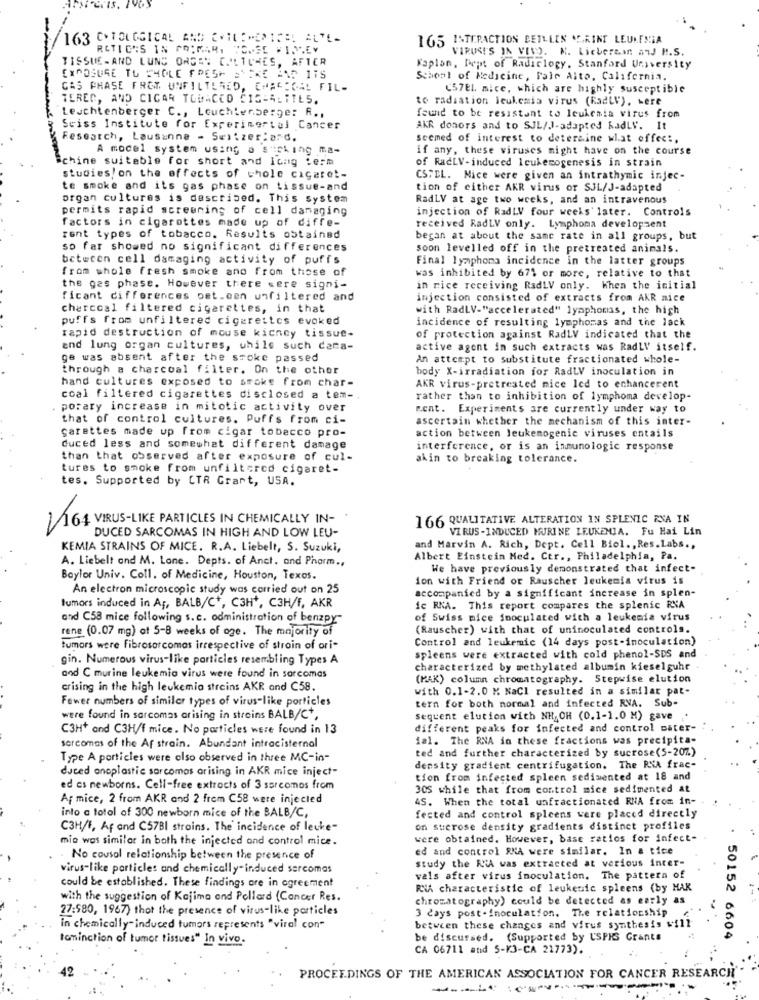
163 C.TOLOGICAL AND EVIL :*** 15={ ALTE-
165 INTERACTION BETLLES GRINT LEUKEMIA
RCTIC'S IN CRIMAR, TONSE FIJEV
VIRUSES IN VIVO. N. Lieberman and P.S.
TISSUE- AND LUNS ORGEN CULTURES, AFTER
Kaplan, Dept of Radiclogy. Stanford University
EXPOSURE TO SMOLE FRESH STEKE AND ITS
School of Medicine, Fale Alto, California.
GAS PHASE FROM UNFILTERED, CHARCOAL FIL-
(57el. mice, which are highly susceptible
TEREC, AND CIGAR TOBACCO CIG-ALTTES.
to radiation leukemia virus (RadlV), were
Leuchtenberger C ., Leuchtenberge: R .,
found to be resistant to leukemia virus from
Sciss Institute for Experimental Cancer
AKR donors and to SJL/J-adapted KadLV. It
Research, Lausanne - Switzer:ard.
seemed of interest to determine what offec :,
A mocel system using a sucking ma-
if any, these viruses might have on the course
ichine suitable for short and long term
of RacLV-induced Icukemogenesis in strain
studies on the effects of chole cigaret-
CSTEL. Mice were given an intrathymic injec-
te smoke and its gas phase on tissue-and
tion of either AKR virus or SJL/J-adapted
organ cultures is described. This system
RadLV at age two weeks, and an intravenous
permits rapid screening of cell damaging
injection of RadLV four weeks later. Controls
factors in cigarettes made up of diffe-
received RadLV only. Lymphoma development
rent types of tobacco. Results obtained
began at about the same rate in all groups, but
so far showed no significant differences
soon levelled off in the pretreated animals.
between cell damaging activity of puffs
Final lymphoma incidence in the latter groups
from whole fresh smoke ano from those of
was inhibited by 671 or more, relative to that
the gas phase. However there were signi-
in rice receiving RadLV only. When the initial
ficant differences pet.con unfiltered and
injection consisted of extracts from AKR nice
charcoal filtered cigarettes, in that
with RadLV-"accelerated" lymphomas, the high
puffs from unfiltered cigarettes evoked
incidence of resulting lymphomas and the lack
rapid destruction of mouse kicncy tissue-
of protection against RadLV indicated that the
and lung organ cultures, while such cara-
active agent in such extracts was RadLV itself.
ge was absent after the smoke passed
An attempt to substitute fractionated whole-
through a charcoal filter. On the other
body X-irradiation for RadLV inoculation in
hand cultures exposed to smoke from char-
AKR virus-pretreated nice led to enhancerent
coal filtered cigarettes disclosed a tem -,
rather than to inhibition of lymphoma develop-
porary increase in mitotic activity over
sent. Experiments are currently under way to
that of control cultures. Puffs from ci-
ascertain whether the mechanism of this inter-
carettes made up from cigar tobacco pro-
action between leukemogenic viruses entails
duced less and somewhat different damage
interference, or is an inmunologic response
than that observed after exposure of cul-
akin to breaking tolerance.
tures to smoke from unfiltered cigaret-
tes. Supported by CTR Grant, USA.
-
166 QUALITATIVE ALTERATION IN SPLENIC ZNA IN
1164 VIRUS-LIKE PARTICLES IN CHEMICALLY IN-
DUCED SARCOMAS IN HIGH AND LOW LEU-
VIRUS -INDUCED MURINE LEUKEMIA. Fu Hai Lin
KEMIA STRAINS OF MICE. R.A. Liebelt, S. Suzuki,
and Marvin A. Rich, Dept. Cell Biol ., Res.Labs .,
A. Liebelt and M. Lone. Depts. of Anct. and Pharm .,
Albert Einstein Med. Ctr ., Philadelphia, Pa.
We have previously demonstrated that infect-
Baylor Univ. Coll. of Medicine, Houston, Texas.
ion with Friend or Rauscher leukemia virus is
An electron microscopic study was carried out on 25
accompanied by a significant increase in splen-
tumors induced in A ;, BALB/C+, C3H *, C3H/f, AKR
ic RNA. This report compares the splenic RNA
and C58 mice following s.c. administration of benzpy-
of Swiss mice inoculated with a leukemia virus
rene (0.07 mg) ot 5-8 weeks of age. The majority of
(Rauscher) with that of uninoculated controls.
Control and leukemic (14 days post-inoculation)
tumors were fibrosarcomas irrespective of stroin of ori-
gin. Numerous virus-like particles resembling Types A
spleens were extracted with cold phenol-SDS and
characterized by methylated albumin kieselguhr
and C murine leukemia virus were found in sarcomas
(MAK) column chromatography. Stepwise elution
crising in the high leukemia strains AKR and C58.
with 0.1-2.0 M. NaCl resulted in a similar pat-
Fewer numbers of similar types of virus-like particles
tern for both normal and infected RVA. Sub-
were found in sarcomas arising in streins BALB/C+,
Sequent elution with NH, OH (0.1-1.0 M) gave
C3H+ and C3H/f mice. No particles were found in 13
different peaks for infected and control mater-
ial. The RNA in these fractions was precipita-
sarcomas of the Af strain. Abundant intracisternal
ted and further characterized by sucrose(5-20%)
Type A particles were also observed in three MC-in-
duced anoplastie sarcomas arising in AKR mice inject-
density gradient centrifugation. The RNA frac-
tion from infected spleen sedimented at 18 and
ed as newborns. Cell-free extrocts of 3 ssrcomos from
305 while that from control mice sedimented at
Af mice, 2 from AKR and 2 frem C58 were injected
45. When the total unfractionated RNA from in-
into a total of 300 newborn mice of the BALB/C,
fected and control spleens were placed directly
C3H/F, Af and C57BI strains. The' incidence of leuke"
on sterose density gradients distinct profiles
mia was similar in both the injected and control mice.
were obtained. However, base ratios for infect-
ed and control SKA were similar. In a tice
No cousal relationship between the presence of
study the RiA was extracted at various inter-
virus-like particles and chemically-induced sarcomas
vals after virus inoculation. The pattern of
could be established. These findings ore in agreement
RiA characteristic of leukenic spleens (by HAK
with the suggestion of Kajima and Pollard (Cancer Res.
chromatography) could be detected as early as
27:580, 1967) thot the presence of virus-like particles
3 days post-inoculation. The relationship
in chemically-induced tumors represents "viral con"
between these changes and virus synthesis will
tominction of tumor tissues" In vivo.
be discussed. (Supported by USPIS Grants
50152 6604
CA 06711 and 5-K3-CA 21773).
PROCEEDINGS OF THE AMERICAN ASSOCIATION FOR CANCER RESEARCH